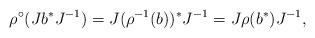
LaTeX: \begin{align*} \rho^\circ (J b^* J^{-1}) = J (\rho^{-1}(b))^* J^{-1} = J \rho(b^*) J^{-1}, \end{align*}